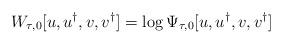
LaTeX: \begin{align*}W_{\tau ,0}[u,u^{\dagger },{v},{v}^{\dagger }]=\log \Psi _{\tau ,0}[u,u^{\dagger },{v},{v}^{\dagger }]\end{align*}